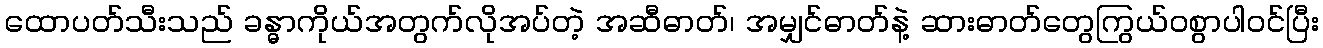
ထောပတ်သီးသည် ခန္ဓာကိုယ်အတွက်လိုအပ်တဲ့ အဆီဓာတ်၊ အမျှင်ဓာတ်နဲ့ ဆားဓာတ်တွေကြွယ်ဝစွာပါဝင်ပြီး